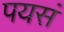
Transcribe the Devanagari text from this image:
पयसं